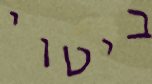
ביטוי